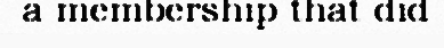
a membership that did